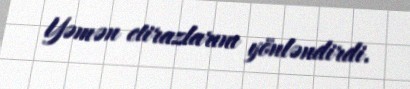
Yəmən etirazlarını yönləndirdi.